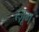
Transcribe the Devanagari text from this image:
त्ज़ूग